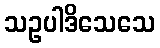
သဥပါဒိသေသေ